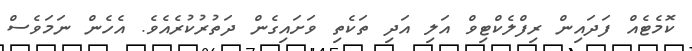
ކޮމެޓެއް ފަދައިން ރިފްލެކްޓިވް އަލި އަދި ތަކެތި ވަށައިގެން ދަތުރުކުރެއެވެ. އެހެން ނަމަވެސް